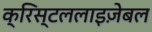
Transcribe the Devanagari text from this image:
क्रिस्टललाइज़ेबल